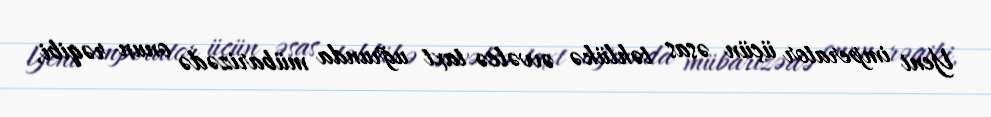
Yeni imperator üçün əsas təhlükə əvvəlcə taxt uğrunda mübarizədə onun rəqibi,